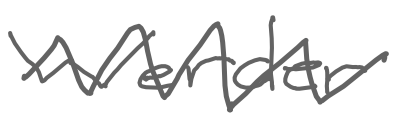
Text: Werder
Cross-out: zig-zag
Writing tool: digital_gray